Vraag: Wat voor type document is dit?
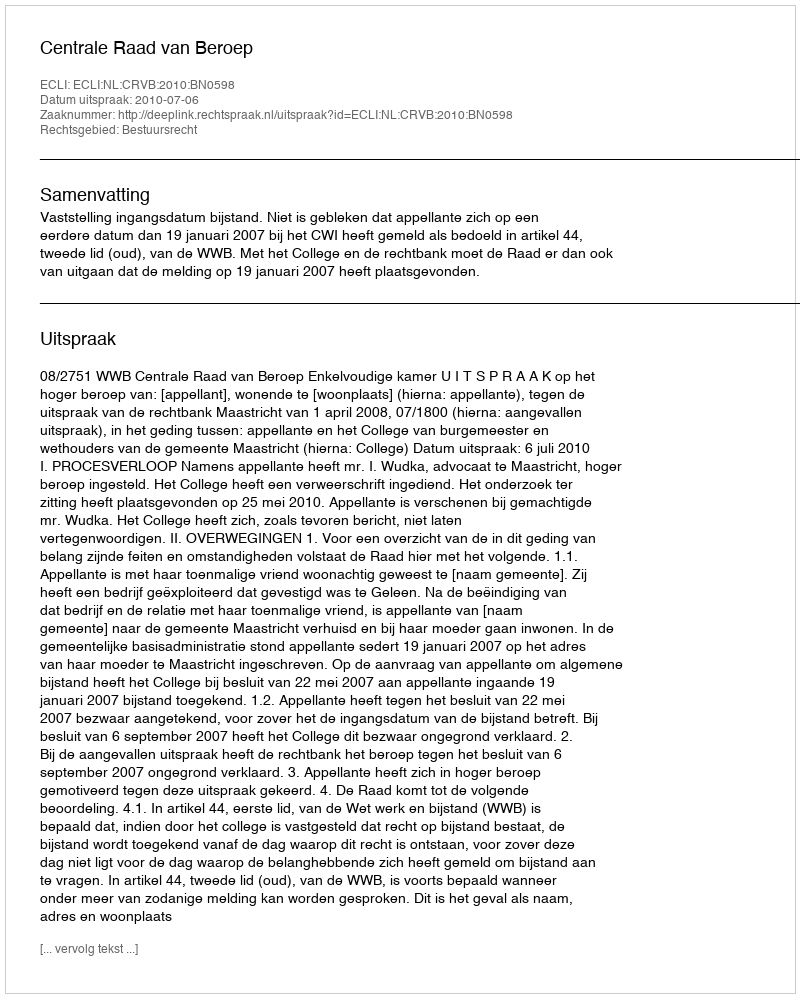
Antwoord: Uitspraak